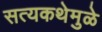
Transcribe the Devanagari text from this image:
सत्यकथेमुळे